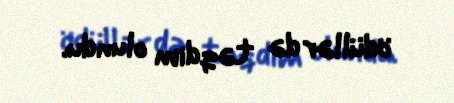
ödüllər də təqdim olundu.